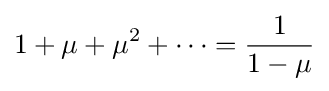
1+\mu +\mu ^{2}+\cdots ={\frac {1}{1-\mu }}